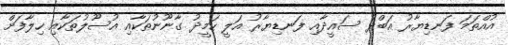
އުއްތަަމަ ފަނޑިޔާރު އަބްދު ސައީދާއި ފަނޑިޔާރު އަލީ ހަމީދު ގާނޫނުތަކާއި އުސޫލުތަކާއި ހިލާފަށް